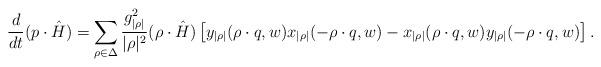
LaTeX: \begin{align*}{d\over dt}(p\cdot\hat{H})= \sum_{\rho\in\Delta}{g_{|\rho|}^{2}\over |\rho|^{2}}(\rho\cdot\hat{H})\left[y_{|\rho|}(\rho\cdot q,w) x_{|\rho|}(-\rho\cdot q,w)-x_{|\rho|}(\rho\cdot q,w)y_{|\rho|} (-\rho\cdot q,w)\right].\end{align*}